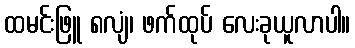
ထမင်းဖြူ ၈လျံ၊ ဖက်ထုပ် လေးခုယူလာပါ။